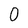
Character: 0